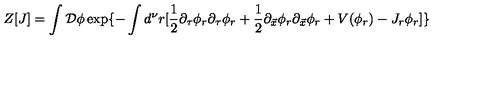
Z [ J ] = \int { \cal D } \phi \exp \{ - \int d ^ { \nu } r [ { \frac { 1 } { 2 } } \partial _ { \tau } \phi _ { r } \partial _ { \tau } \phi _ { r } + { \frac { 1 } { 2 } } \partial _ { \vec { x } } \phi _ { r } \partial _ { \vec { x } } \phi _ { r } + V ( \phi _ { r } ) - J _ { r } \phi _ { r } ] \}